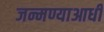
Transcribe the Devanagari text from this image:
जन्मण्याआधी